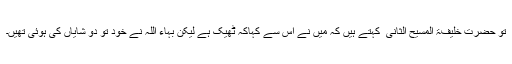
تو حضرت خلیفۃ المسیح الثانی ؓ کہتے ہیں کہ مَیں نے اس سے کہاکہ ٹھیک ہے لیکن بہاء اللہ نے خود تو دو شایاں کی ہوئی تھیں۔